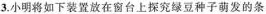
3.小明将如下装置放在窗台上探究绿豆种子萌发的条